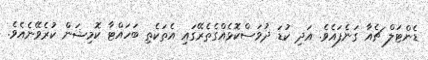
ޑެންޓަލް ޗެއާ ގަނެފައެވެ. އަދި ކުޑަ ދުވަސްކޮޅެއްގެތެރޭގައި އެތަކެތި ބަހައްޓާ ކޮމިޝަން ކުރެވޭނެއެވެ.